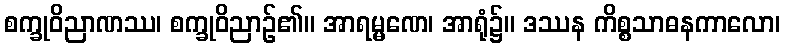
စက္ခုဝိညာဏဿ၊ စက္ခုဝိညာဉ်၏။ အာရမ္မဏေ၊ အာရုံ၌။ ဒဿန ကိစ္စသာဓနကာလော၊